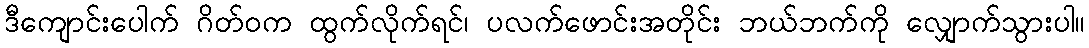
ဒီကျောင်းပေါက် ဂိတ်ဝက ထွက်လိုက်ရင်၊ ပလက်ဖောင်းအတိုင်း ဘယ်ဘက်ကို လျှောက်သွားပါ။